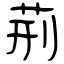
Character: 荊